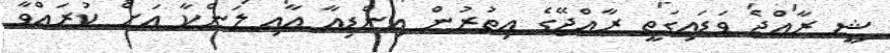
ޝީ ރާއްޖެ ވަޑައިގަތީ ރާއްޖޭގެ އިތުރުން އިންޑިއާ އާއި ލަންކާ އަށް ކުރައްވާ